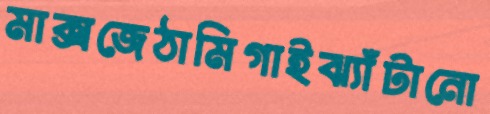
মাক্সজেঠামিগাইঝ্যাঁটানো